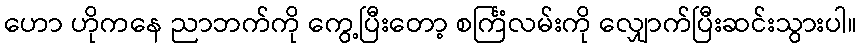
ဟော ဟိုကနေ ညာဘက်ကို ကွေ့ပြီးတော့ စင်္ကြံလမ်းကို လျှောက်ပြီးဆင်းသွားပါ။